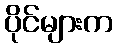
ပိုင်များက